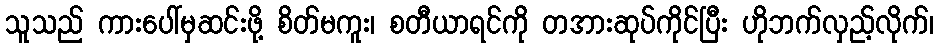
သူသည် ကားပေါ်မှဆင်းဖို့ စိတ်မကူး၊ စတီယာရင်ကို တအားဆုပ်ကိုင်ပြီး ဟိုဘက်လှည့်လိုက်၊